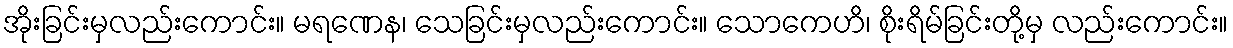
အိုးခြင်းမှလည်းကောင်း။ မရဏေန၊ သေခြင်းမှလည်းကောင်း။ သောကေဟိ၊ စိုးရိမ်ခြင်းတို့မှ လည်းကောင်း။